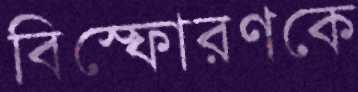
বিস্ফোরণকে